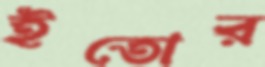
ইতোর